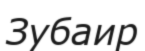
Зубаир